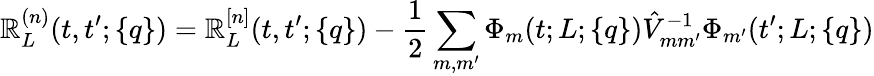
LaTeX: \mathbb{R}_{L}^{(n)}(t,t^{\prime};\{ q\} )=\mathbb{R}_{L}^{[n]}(t,t^{\prime};\{ q\} )-\frac{{1}}{{2}}\sum_{m,m^{\prime}}\Phi_{m}(t;L;\{ q\} )\hat{{V}}_{mm^{\prime}}^{-1}\Phi_{m^{\prime}}(t^{\prime};L;\{ q\} )